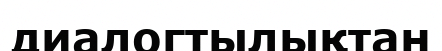
диалогтылықтан